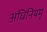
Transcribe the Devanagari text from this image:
अधिनियमृ